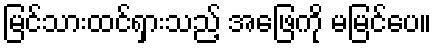
မြင်သားထင်ရှားသည့် အဖြေကို မမြင်ပေ။